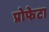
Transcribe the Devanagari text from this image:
प्रोफेटा